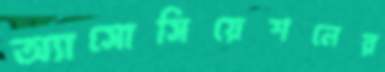
অ্যাসোসিয়েশনের